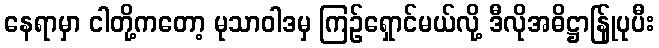
နေရာမှာ ငါတို့ကတော့ မုသာဝါဒမှ ကြဉ်ရှောင်မယ်လို့ ဒီလိုအဓိဋ္ဌာန်ြုပုပီး